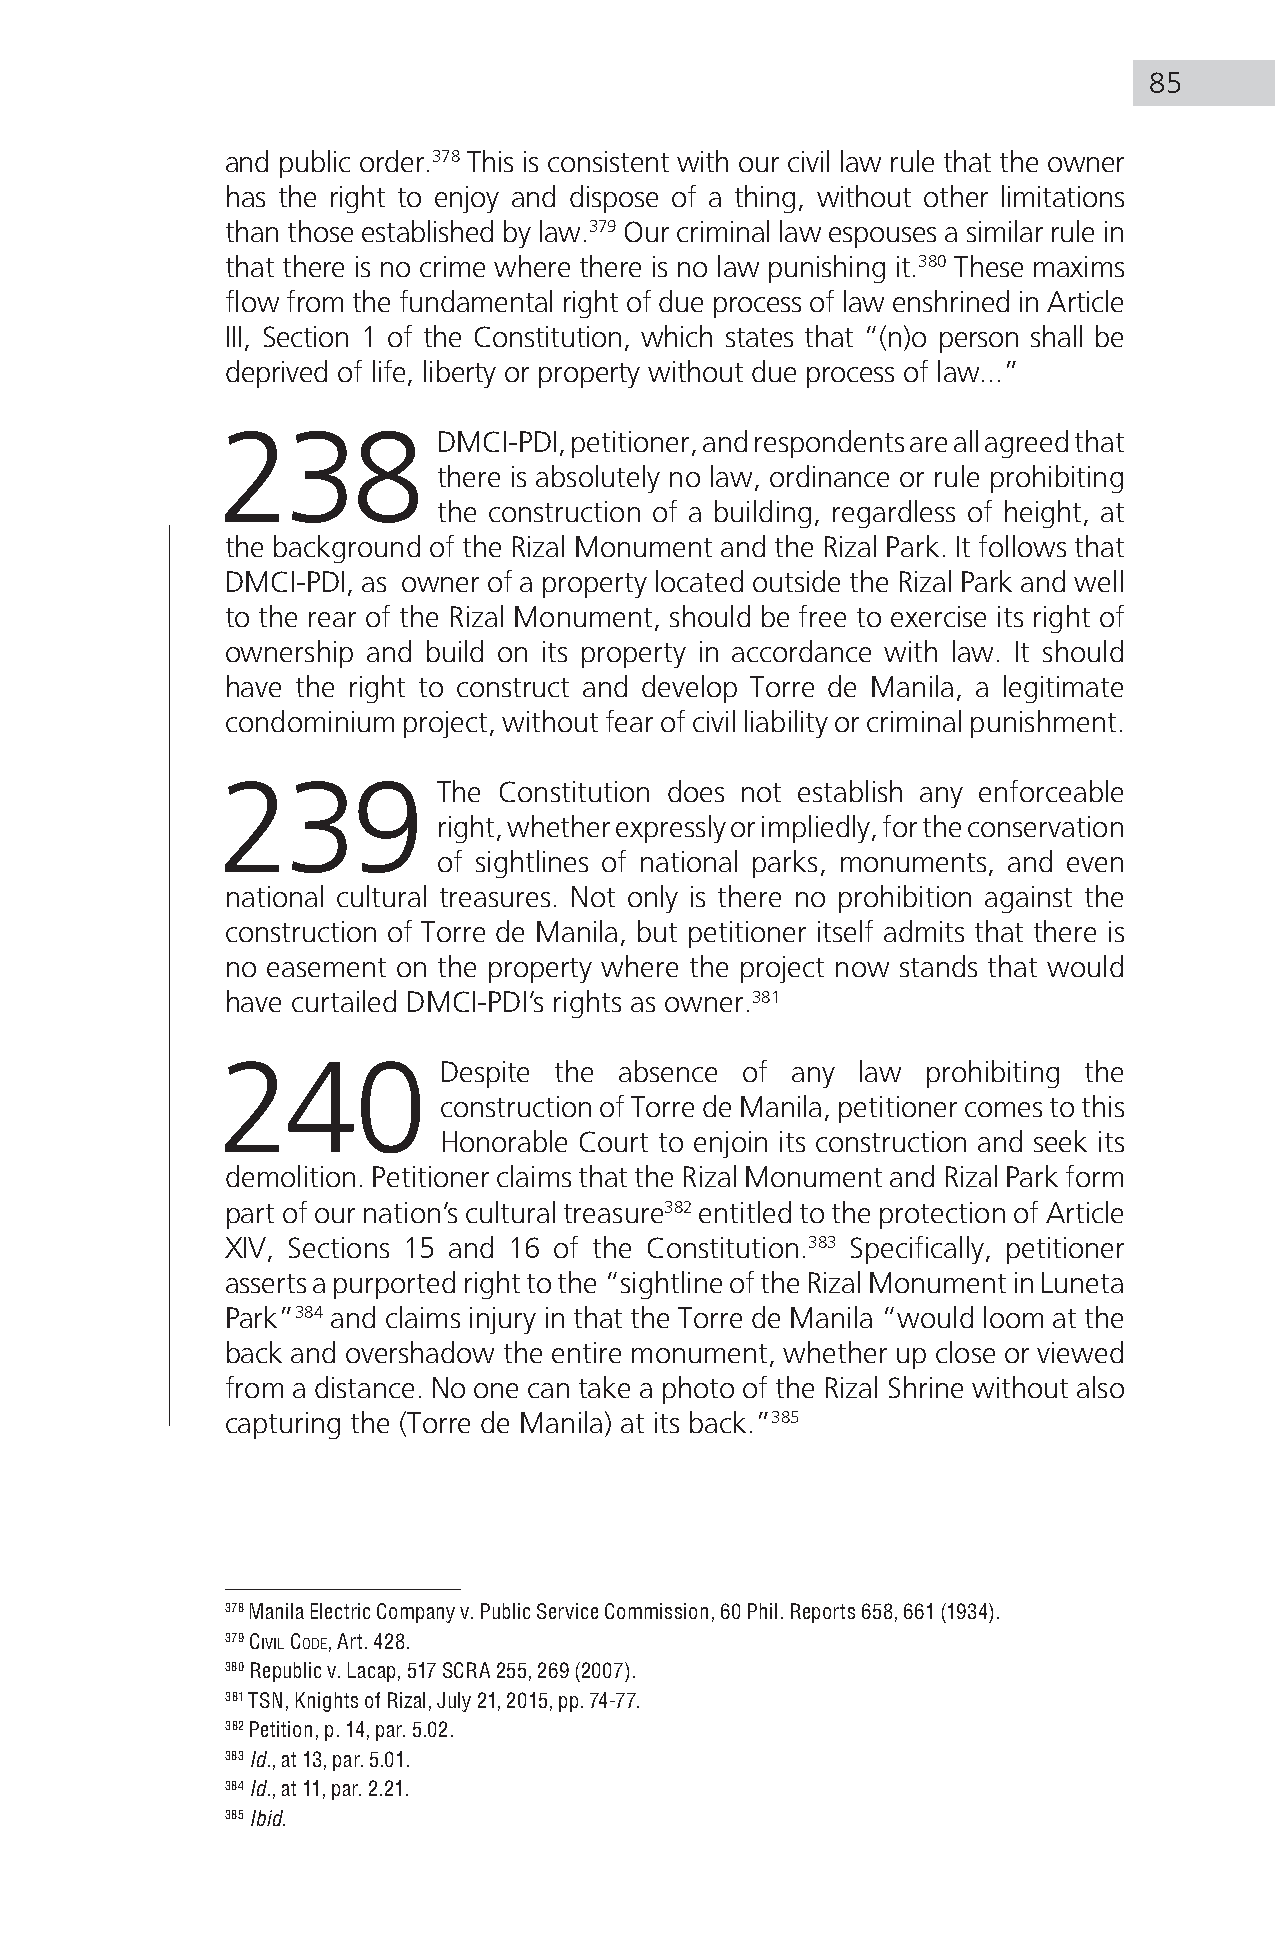
85
 and public order.378 This is consistent with our civil law rule that the owner
 has the right to enjoy and dispose of a thing, without other limitations
 than those established by law.379 Our criminal law espouses a similar rule in
 that there is no crime where there is no law punishing it.380 These maxims
 flow from the fundamental right of due process of law enshrined in Article
 III, Section 1 of the Constitution, which states that “(n)o person shall be
 deprived of life, liberty or property without due process of law...”
 238            DMCI-PDI, petitioner, and respondents are all agreed that
 there is absolutely no law, ordinance or rule prohibiting
 the construction of a building, regardless of height, at
 the background of the Rizal Monument and the Rizal Park. It follows that
 DMCI-PDI, as owner of a property located outside the Rizal Park and well
 to the rear of the Rizal Monument, should be free to exercise its right of
 ownership and build on its property in accordance with law. It should
 have the right to construct and develop Torre de Manila, a legitimate
 condominium project, without fear of civil liability or criminal punishment.
 239            The Constitution does not establish any enforceable
 right, whether expressly or impliedly, for the conservation
 of sightlines of national parks, monuments, and even
 national cultural treasures. Not only is there no prohibition against the
 construction of Torre de Manila, but petitioner itself admits that there is
 no easement on the property where the project now stands that would
 have curtailed DMCI-PDI’s rights as owner.381
 240            Despite the absence of any  law prohibiting the
 construction of Torre de Manila, petitioner comes to this
 Honorable Court to enjoin its construction and seek its
 demolition. Petitioner claims that the Rizal Monument and Rizal Park form
 part of our nation’s cultural treasure382 entitled to the protection of Article
 XIV, Sections 15 and 16 of the Constitution.383 Specifically, petitioner
 asserts a purported right to the “sightline of the Rizal Monument in Luneta
 Park”384 and claims injury in that the Torre de Manila “would loom at the
 back and overshadow the entire monument, whether up close or viewed
 from a distance. No one can take a photo of the Rizal Shrine without also
 capturing the (Torre de Manila) at its back.”385
 378 Manila Electric Company v. Public Service Commission, 60 Phil. Reports 658, 661 (1934).
 379 civil code, Art. 428.
 380 Republic v. Lacap, 517 SCRA 255, 269 (2007).
 381 TSN, Knights of Rizal, July 21, 2015, pp. 74-77.
 382 Petition, p. 14, par. 5.02.
 383 Id., at 13, par. 5.01.
 384 Id., at 11, par. 2.21.
 385 Ibid.